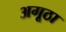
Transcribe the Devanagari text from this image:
अगूठा